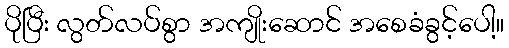
ပိုပြီး လွတ်လပ်စွာ အကျိုးဆောင် အစေခံခွင့်ပေါ့။